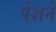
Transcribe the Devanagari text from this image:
पेंशने